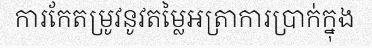
ការកែតម្រូវនូវតម្លៃអត្រាការប្រាក់ក្នុង